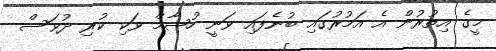
މީގެ އިތުރުން އެ އަމުރުގައި ބުނެފައި ވަނީ ހުޝާމް ވަކި ކުރި ދުވަސް